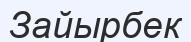
Зайырбек